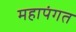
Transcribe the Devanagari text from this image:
महापंगत